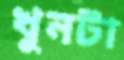
খুনটা